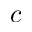
c